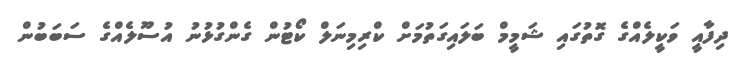
ދިފާއީ ވަކީލެއްގެ ގޮތުގައި ޝަމީމް ބަލައިގަތުމަށް ކްރިމިނަލް ކޯޓުން ގެންގުޅުނު އުސޫލެއްގެ ސަބަބުން